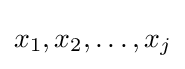
{x_{1},x_{2},\ldots ,x_{j}}